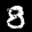
Label: 8